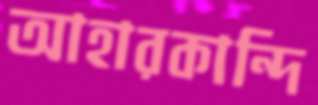
আহারকান্দি